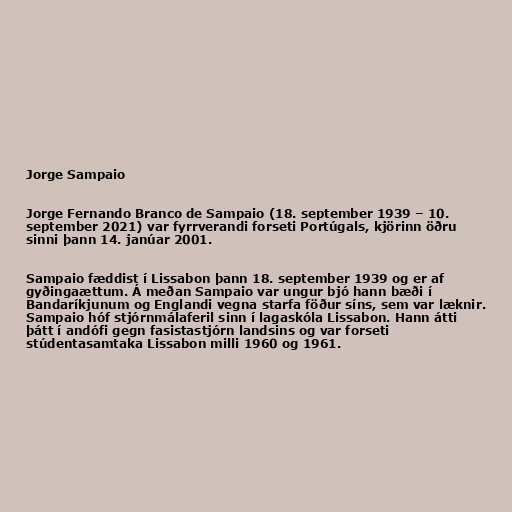
Jorge Sampaio

Jorge Fernando Branco de Sampaio (18. september 1939 – 10.
september 2021) var fyrrverandi forseti Portúgals, kjörinn öðru
sinni þann 14. janúar 2001.

Sampaio fæddist í Lissabon þann 18. september 1939 og er af
gyðingaættum. Á meðan Sampaio var ungur bjó hann bæði í
Bandaríkjunum og Englandi vegna starfa föður síns, sem var læknir.
Sampaio hóf stjórnmálaferil sinn í lagaskóla Lissabon. Hann átti
þátt í andófi gegn fasistastjórn landsins og var forseti
stúdentasamtaka Lissabon milli 1960 og 1961.